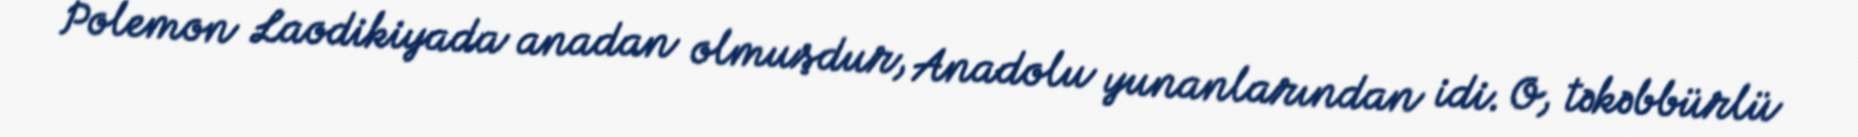
Polemon Laodikiyada anadan olmuşdur, Anadolu yunanlarından idi. O, təkəbbürlü